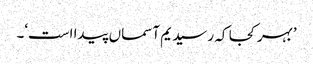
’بہر کجا کہ رسید یم آسماں پیدا است‘۔